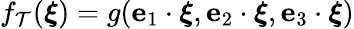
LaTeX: f_{\mathcal{T}}(\boldsymbol{\xi})=g(\textbf{e}_{1}\cdot\boldsymbol{\xi},\textbf{e}_{2}\cdot\boldsymbol{\xi},\textbf{e}_{3}\cdot\boldsymbol{\xi})